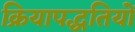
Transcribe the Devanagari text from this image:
क्रियापद्धतियों